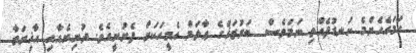
ހަމައެހެންމެ ކަނޑުފެއްތި ނަމަވެސް  ބަރުޒަޚްގެ ޢާލަމް އެމީހަކަށް ފެށުނީއެވެ. ދުނިޔެއާއި އާޚިރަތާ